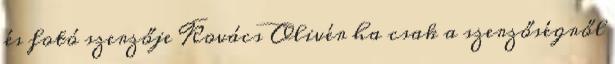
és fotó szerzője Kovács Olivér ha csak a szerzőségről